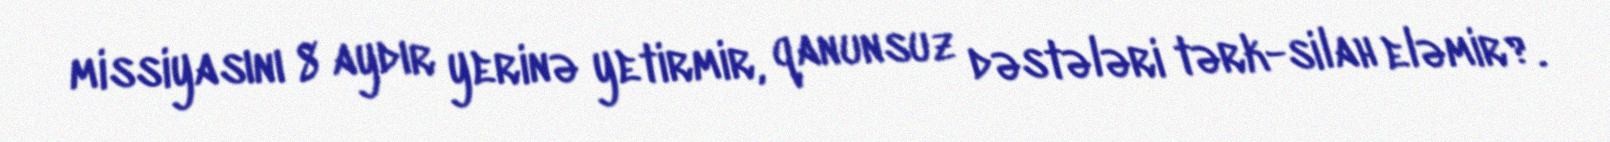
missiyasını 8 aydır yerinə yetirmir, qanunsuz dəstələri tərk-silah eləmir?.